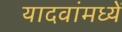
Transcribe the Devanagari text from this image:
यादवांमध्यें